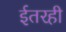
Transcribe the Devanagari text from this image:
ईतरही